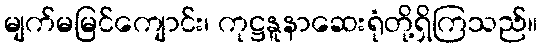
မျက်မမြင်ကျောင်း၊ ကုဋ္ဌနူနာဆေးရုံတို့ရှိကြသည်။